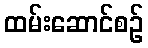
ထမ်းဆောင်စဉ်